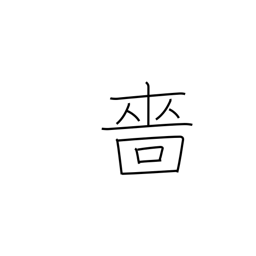
Meaning: miserly